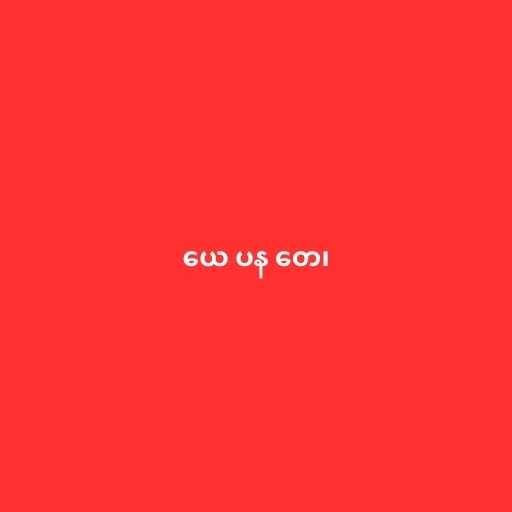
ယေ ပန တေ၊